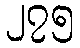
၂၇၅